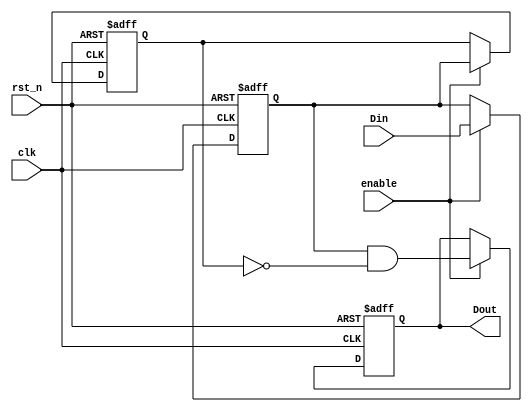
module dual_ff_detector (
    input wire clk,          // Clock signal
    input wire rst_n,       // Asynchronous reset (active low)
    input wire enable,      // Enable signal for detection
    input wire Din,         // Input signal to be monitored
    output reg Dout         // Output signal indicating detected pattern
);

    // Internal signals for the two flip-flops
    reg ff1, ff2;

    // Asynchronous reset and flip-flop behavior
    always @(posedge clk or negedge rst_n) begin
        if (!rst_n) begin
            ff1 <= 1'b0;    // Reset FF1
            ff2 <= 1'b0;    // Reset FF2
            Dout <= 1'b0;   // Clear output
        end else if (enable) begin
            ff1 <= Din;      // Sample input signal on rising edge of clk
            ff2 <= ff1;      // Transfer FF1 output to FF2
            // Detect the desired pattern (example: rising edge detection)
            Dout <= ff1 & ~ff2; // Set Dout high if ff1 is high and ff2 is low
        end
    end

endmodule